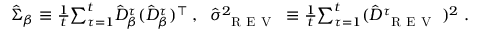
\begin{array} { r } { \hat { \Sigma } _ { \beta } \equiv \frac { 1 } { t } { \sum _ { \tau = 1 } ^ { t } } \hat { D } _ { \beta } ^ { \tau } ( \hat { D } _ { \beta } ^ { \tau } ) ^ { \top } \; , \; \; \hat { \sigma } _ { \small \textsc { { R E V } } } ^ { 2 } \equiv \frac { 1 } { t } { \sum _ { \tau = 1 } ^ { t } } ( \hat { D } _ { \small \textsc { { R E V } } } ^ { \tau } ) ^ { 2 } \; . } \end{array}